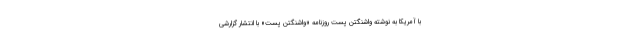
با آمریکا به نوشته واشنگتن پست روزنامه «واشنگتن پست» با انتشار گزارشی